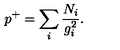
p ^ { + } = \sum _ { i } \frac { N _ { i } } { g _ { i } ^ { 2 } } .